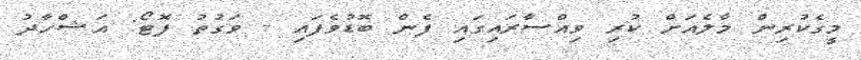
މީގެކުރިން މާލެއަށް ކުރި ވިއްސާރައިގައި ފެން ބޮޑުވެފައި - ވަގުތު ފޮޓޯ: އަޝްހާދު